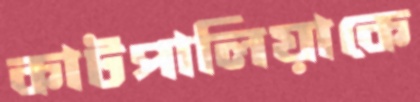
কাটপালিয়াকে